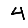
Digit: 4